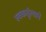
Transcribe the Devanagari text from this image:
स्वकर्तृत्वाने